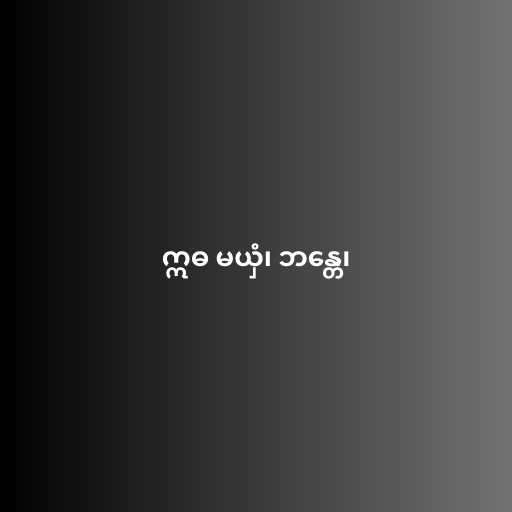
ဣဓ မယှံ၊ ဘန္တေ၊